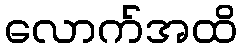
လောက်အထိ